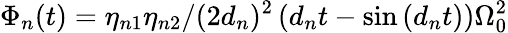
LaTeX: \Phi_{n}(t)={\eta_{n1}\eta_{n2}/(2d_{n})^{2}\left(d_{n}t-\sin\left(d_{n}t\right)\right)\Omega_{0}^{2}}